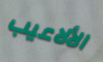
الألاعيب